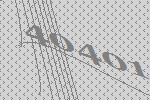
40401